Report on lock hospitals in British Burma
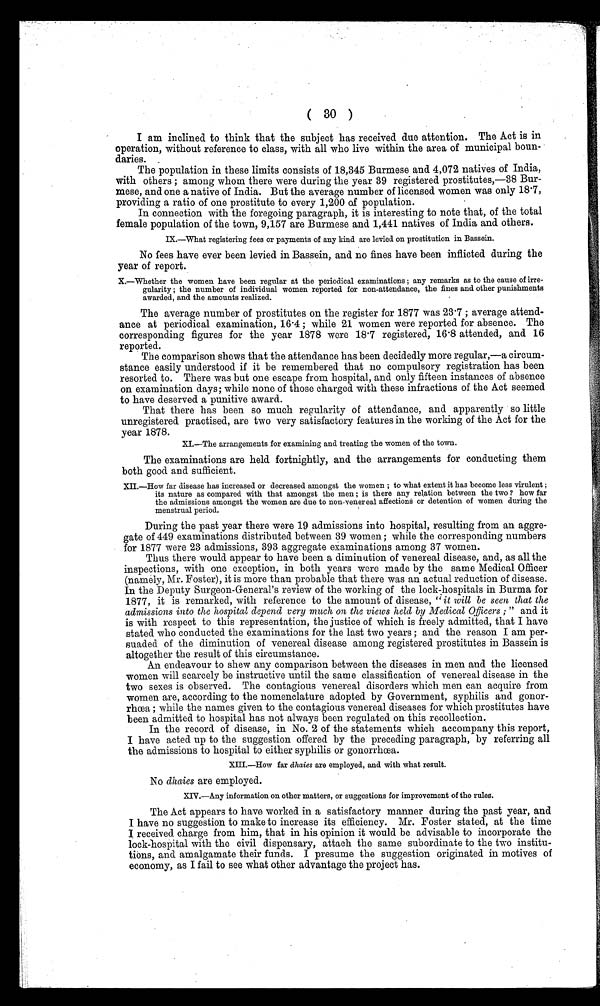
I am inclined to think that the subject has received due attention. The Act is in
operation, without reference to class, with all who live within the area of municipal boun-
daries.
The population in these limits consists of 18,345 Burmese and 4,072 natives of India,
with others ; among whom there were during the year 39 registered prostitutes,—38 Bur-
mese, and one a native of India. But the average number of licensed women was only 18.7,
providing a ratio of one prostitute to every 1,200 of population.
In connection with the foregoing paragraph, it is interesting to note that, of the total
female population of the town, 9,157 are Burmese and 1,441 natives of India and others.
IX.—What registering fees or payments of any kind are levied on prostitution in Bassein.
No fees have ever been levied in Bassein, and no fines have been inflicted during the
year of report.
X.—Whether the women have been regular at the periodical examinations ; any remarks as to the cause of irre-
gularity ; the number of individual women reported for non-attendance, the fines and other punishments
awarded, and the amounts realized.
The average number of prostitutes on the register for 1877 was 23.7 ; average attend-
ance at periodical examination, 16 .4 ; while 21 women were reported for absence. The
corresponding figures for the year 1878 were 18.7 registered, 16.8 attended, and 16
reported.
The comparison shows that the attendance has been decidedly more regular,—a circum-
stance easily understood if it be remembered that no compulsory registration has been
resorted to. There was but one escape from hospital, and only fifteen instances of absence
on examination days; while none of those charged with these infractions of the Act seemed
to have deserved a punitive award.
That there has been so much regularity of attendance, and apparently so little
unregistered practised, are two very satisfactory features in the working of the Act for the
year 1878.
XL—The arrangements for examining and treating the women of the town.
The examinations are held fortnightly, and the arrangements for conducting them
both good and sufficient.
XIL—How far disease has increased or decreased amongst the women ; to what extent it has become less virulent ;
its nature as compared with that amongst the men ; is there any relation between the two ? how far
the admissions amongst the women are due to non-venereal affections or detention of women during the
menstrual period.
During the past year there were 19 admissions into hospital, resulting from an aggre-
gate of 449 examinations distributed between 39 women ; while the corresponding numbers
for 1877 were 23 admissions, 393 aggregate examinations among 37 women.
Thus there would appear to have been a diminution of venereal disease, and, as all the
inspections, with one exception, in both years were made by the same Medical Officer
(namely, Mr. Foster), it is more than probable that there was an actual reduction of disease.
In the Deputy Surgeon-General's review of the working of the lock-hospitals in Burma for
1877, it is remarked, with reference to the amount of disease, "it will be seen that the
admissions into the hospital depend very much on the views held by Medical Officers ;" and it
is with respect to this representation, the justice of which is freely admitted, that I have
stated who conducted the examinations for the last two years ; and the reason I am per-
suaded of the diminution of venereal disease among registered prostitutes in Bassein is
altogether the result of this circumstance.
An endeavour to shew any comparison between the diseases in men and the licensed
women will scarcely be instructive until the same classification of venereal disease in the
two sexes is observed. The contagious venereal disorders which men can acquire from
women are, according to the nomenclature adopted by Government, syphilis and gonor-
rhoea ; while the names given to the contagious venereal diseases for which prostitutes have
been admitted to hospital has not always been regulated on this recollection.
In the record of disease, in No. 2 of the statements which accompany this report,
I have acted up to the suggestion offered by the preceding paragraph, by referring all
the admissions to hospital to either syphilis or gonorrhoea.
XIII.—How far dhaies are employed, and with what result.
No dhaies are employed.
XIV.—Any information on other matters, or suggestions for improvement of the rules.
The Act appears to have worked in a satisfactory manner during the past year, and
I have no suggestion to make to increase its efficiency. Mr. Foster stated, at the time
I received charge from him, that in his opinion it would be advisable to incorporate the
lock-hosPital with the civil dispensary, attach the same subordinate to the two institu-
lions, and amalgamate their funds. I presume the suggestion originated in motives of
economy, as I fail to see what other advantage the project has.
11